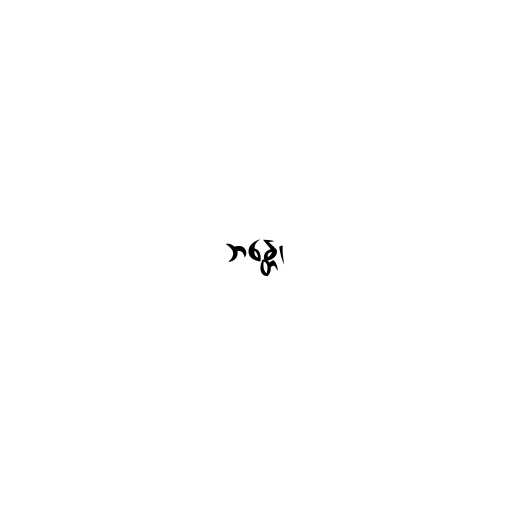
ဘန္တေ၊